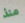
منذ